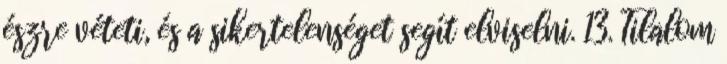
észre véteti, és a sikertelenséget segít elviselni. 13. Tilalom